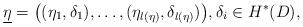
LaTeX: \begin{align*}\underline{\eta} = \big( (\eta_1, \delta_1), \ldots, (\eta_{l(\eta)}, \delta_{l(\eta)} ) \big), \delta_i \in H^{\ast}(D),\end{align*}